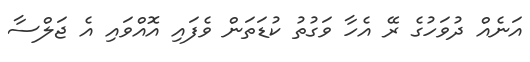
އަނެއް ދުވަހުގެ ރޭ އެހާ ވަގުތު ކުޑަތަން ވެފައި އޮއްވައި އެ ޖަލްސާ